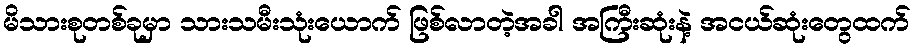
မိသားစုတစ်ခုမှာ သားသမီးသုံးယောက် ဖြစ်လာတဲ့အခါ အကြီးဆုံးနဲ့ အငယ်ဆုံးတွေထက်